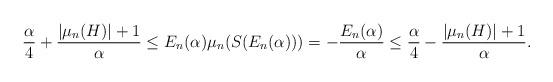
LaTeX: \begin{align*} \frac{\alpha}{4} + \frac{|\mu_n(H)|+1}{\alpha} \leq E_n(\alpha) \mu_n(S(E_n(\alpha))) = -\frac{E_n(\alpha)}{\alpha} \leq \frac{\alpha}{4} - \frac{|\mu_n(H)|+1}{\alpha}.\end{align*}